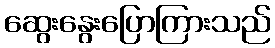
ဆွေးနွေးပြောကြားသည်